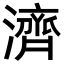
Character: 濟